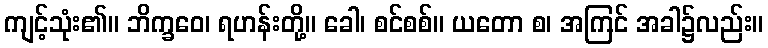
ကျင့်သုံး၏။ ဘိက္ခဝေ၊ ရဟန်းတို့။ ခေါ၊ စင်စစ်။ ယတော စ၊ အကြင် အခါ၌လည်း။